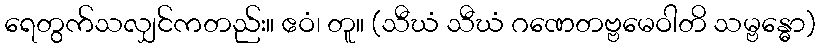
ရေတွက်သလျှင်ကတည်း။ ဧဝံ၊ တူ။ (သီဃံ သီဃံ ဂဏေတဗ္ဗမေဝါတိ သမ္ဗန္ဓော)